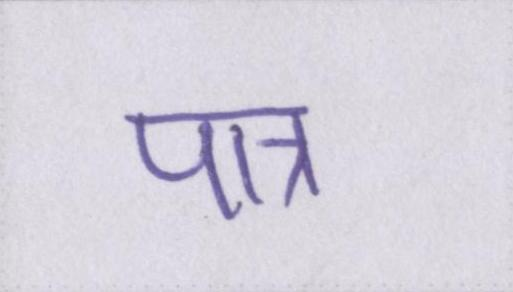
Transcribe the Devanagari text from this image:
पात्र